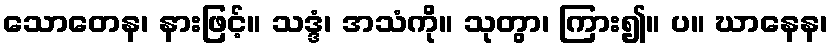
သောတေန၊ နားဖြင့်။ သဒ္ဒံ၊ အသံကို။ သုတွာ၊ ကြား၍။ ပ။ ဃာနေန၊